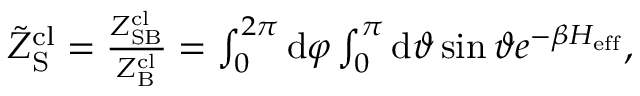
\begin{array} { r } { \tilde { Z } _ { \mathrm { S } } ^ { \mathrm { c l } } = \frac { Z _ { \mathrm { S B } } ^ { \mathrm { c l } } } { Z _ { \mathrm { B } } ^ { \mathrm { c l } } } = \int _ { 0 } ^ { 2 \pi } \mathrm { d } \varphi \int _ { 0 } ^ { \pi } \mathrm { d } \vartheta \sin \vartheta e ^ { - \beta H _ { \mathrm { e f f } } } , } \end{array}